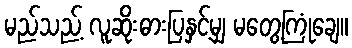
မည်သည့် လူဆိုးဓားပြနှင့်မျှ မတွေ့ကြုံချေ။